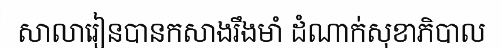
សាលារៀនបានកសាងរឹងមាំ ដំណាក់សុខាភិបាល